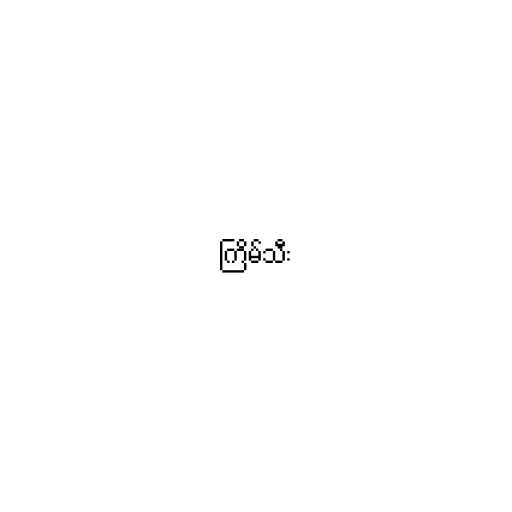
ကြိမ်သီး